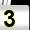
Digit: 3